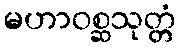
မဟာဝစ္ဆသုတ္တံ